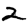
Digit: 2